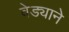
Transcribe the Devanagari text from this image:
वेड्याने